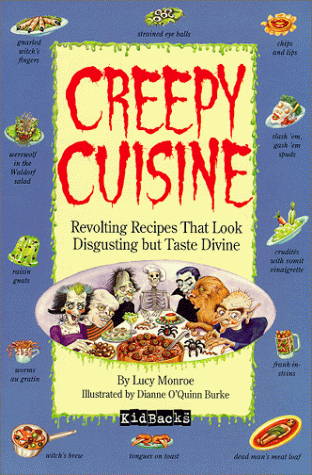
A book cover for Creepy Cuisine; Lucy Monroe; Cookbooks, Food & Wine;